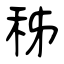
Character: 秭